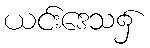
ယင်းဒေသ၌